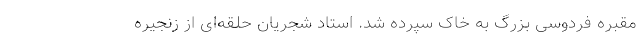
مقبره‌ فردوسی بزرگ به خاک سپرده شد. استاد شجریان حلقه‌ای از زنجیره